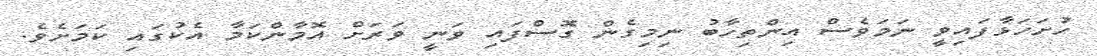
ހުށަހަޅާފައިވީ ނަމަވެސް އިންތިހާބު ނިމިގެން ގޮސްފައި ވަނީ ވަރަށް އޮމާންކަމާ އެކުގައި ކަމަށެވެ.